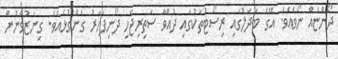
ދޯންޏެއް ނޯވެއެވެ. އޭގެ ބަދަލުގައި ރިސޯޓުތަކުގައި ދުއްވާ ސަތިރިޖެހި ދޯނިފަހަރު ގެންގުޅެއެވެ. ގިނަޒުވާނުން